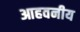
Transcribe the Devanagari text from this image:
आहवनीय